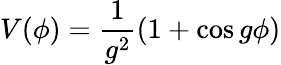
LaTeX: V(\phi)=\frac{1}{g^{2}}(1+\cos g\phi)